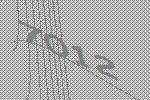
7012